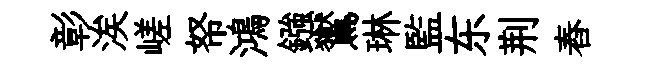
彰涘嵯帑鴻鏹鸑琳監东荆舂